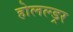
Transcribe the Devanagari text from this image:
होलल्ड्रर